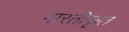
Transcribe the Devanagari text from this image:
भारतीकृत